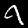
Digit: 9